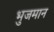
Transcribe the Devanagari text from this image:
भुजमान